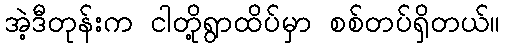
အဲ့ဒီတုန်းက ငါတို့ရွာထိပ်မှာ စစ်တပ်ရှိတယ်။